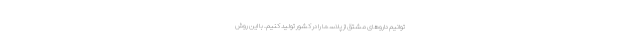
‌توانیم داروهای مشتق از پلاسما را در کشور تولید کنیم. با این روش